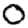
Digit: 0